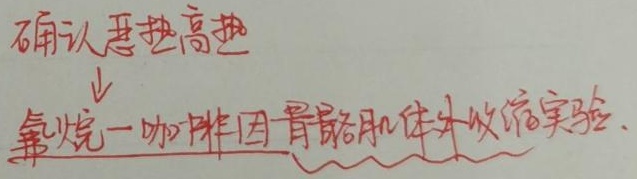
确认恶热高热↓：氟烷 - 咖啡因骨骼肌体外收缩实验